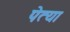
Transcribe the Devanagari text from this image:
पेत्या